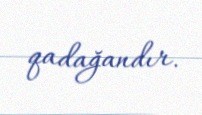
qadağandır.